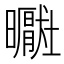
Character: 𪱑